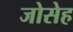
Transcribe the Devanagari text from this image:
जोसेह